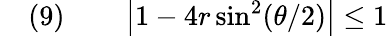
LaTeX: \quad(9)\qquad\left\vert 1-4r\sin^{2}(\theta/2)\right\vert\leq 1